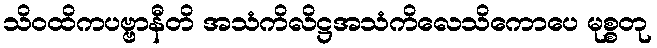
သိဝထိကပဗ္ဗာနီတိ အသံကိလိဋ္ဌအသံကိလေသိကောပေ မုစ္စတု